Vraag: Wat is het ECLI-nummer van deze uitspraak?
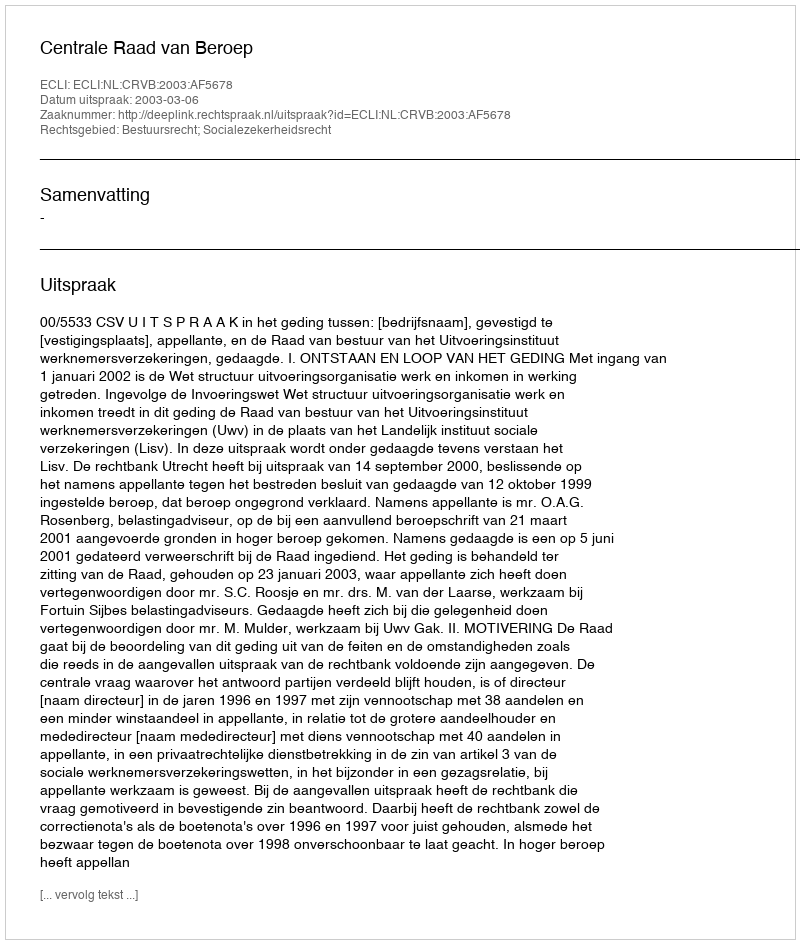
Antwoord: ECLI:NL:CRVB:2003:AF5678